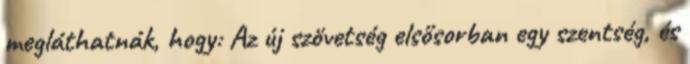
megláthatnák, hogy: Az új szövetség elsősorban egy szentség, és